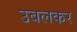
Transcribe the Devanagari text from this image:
उबलकर